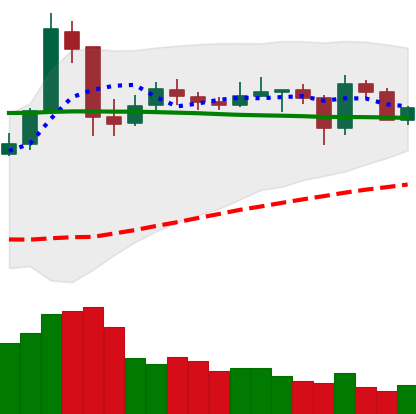
Ticker: NEO-USD
Chart end date: 2020-05-25
Forward return: 10.793%
Label: up_7plus